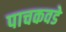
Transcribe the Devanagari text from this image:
पाचकवडे